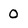
Character: 0